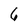
Character: 6